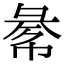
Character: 𢑞